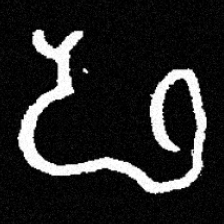
Pyu character \u2014 Myanmar letter: ဖ (romanized: pha)